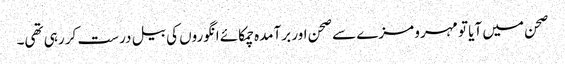
صحن میں آیا تو مہرو مزے سے صحن اور برآمدہ چمکائے انگوروں کی بیل درست کر رہی تھی۔